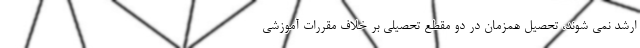
ارشد نمی شوند، تحصیل همزمان در دو مقطع تحصیلی بر خلاف مقررات آموزشی